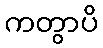
ကတွာပိ